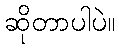
ဆိုတာပါပဲ။